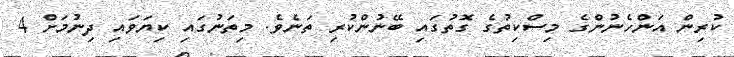
ކުރިން އަންހެނުންގެ މިސްކިތުގެ ގޮތުގައި ބޭނުންކުރި ތަނެވެ. މިތަނުގައި ކިޔަވައި ދިނުމަށް 4